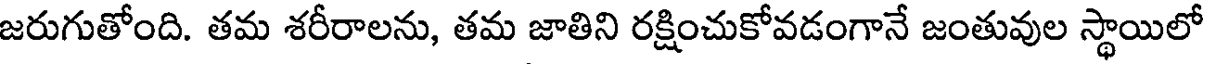
జరుగుతోంది. తమ శరీరాలను, తమ జాతిని రక్షించుకోవడంగానే జంతువుల స్థాయిలో